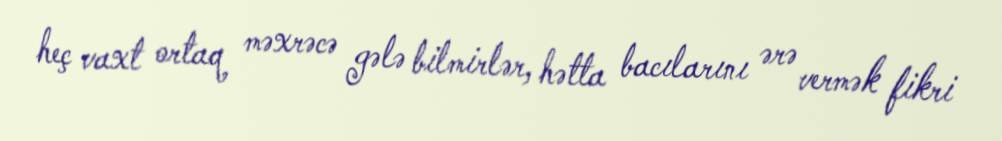
heç vaxt ortaq məxrəcə gələ bilmirlər, hətta bacılarını ərə vermək fikri